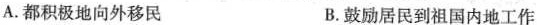
A.都积极地向外移民 B.鼓励居民到祖国内地工作